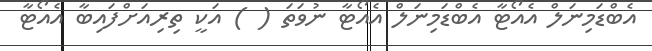
އެބްޑަމިނަލް އެއޯޓާ އެބްޑަމިނަލް އެއޯޓާ ނުވަތަ ( ) އަކީ ތިރިއަށްފައިބާ އެއޯޓާ